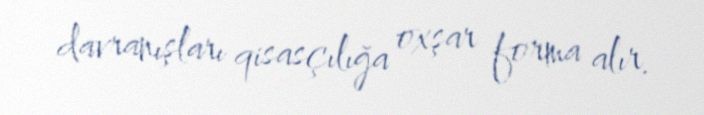
davranışları qisasçılığa oxşar forma alır.